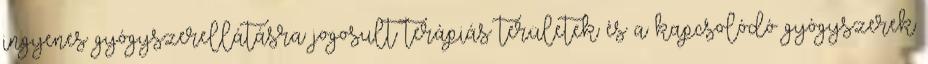
ingyenes gyógyszerellátásra jogosult terápiás területek és a kapcsolódó gyógyszerek